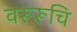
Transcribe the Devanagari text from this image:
वरूरूचि